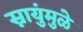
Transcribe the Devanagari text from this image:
स्नायुंमुळे